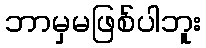
ဘာမှမဖြစ်ပါဘူး